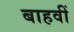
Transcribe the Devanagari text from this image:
बाहवीं